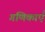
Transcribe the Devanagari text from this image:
गणिकाएँ